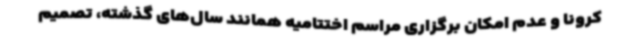
کرونا و عدم امکان برگزاری مراسم اختتامیه همانند سال‌های گذشته، تصمیم